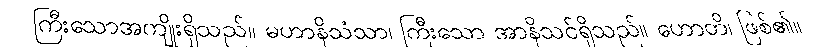
ကြီးသောအကျိုးရှိသည်။ မဟာနိသံသာ၊ ကြီးသော အာနိသင်ရှိသည်။ ဟောတိ၊ ဖြစ်၏။